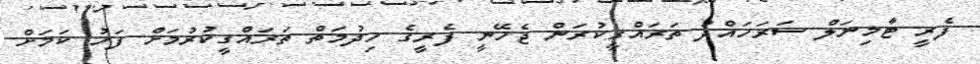
ފެރީ ޓާމިނަލް ސަރަހައްދު ތަރައްގީކުރަން ޖެހޭނީ ފެރީގެ ހިދުމަތް ތަރައްގީކުރުމަށް ފަހު ކަމަށް